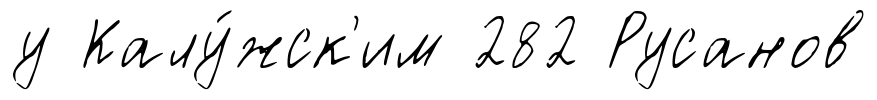
у Калу́жск'им 282 Русанов